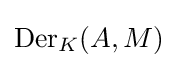
\operatorname {Der} _{K}(A,M)